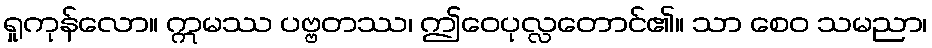
ရှုကုန်လော။ ဣမဿ ပဗ္ဗတဿ၊ ဤဝေပုလ္လတောင်၏။ သာ စေဝ သမညာ၊